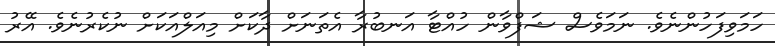
ހަމަވިފަހުންނެވެ. ނަމަވެސް ޝަފްވާން ހުއްޓާ އަނބުރާ އެތަނަށް ދާކަށް މިއަލްއަކަށް ނުކެރުނެވެ. އޭރު